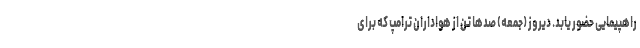
راهپیمایی حضور یابد. دیروز (جمعه) صدها تن از هواداران ترامپ که برای